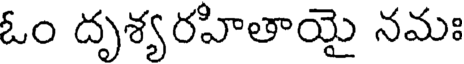
ఓం దృశ్యరహితాయై నమః